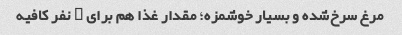
مرغ سرخ‌شده و بسیار خوشمزه؛ مقدار غذا هم برای ۲ نفر کافیه